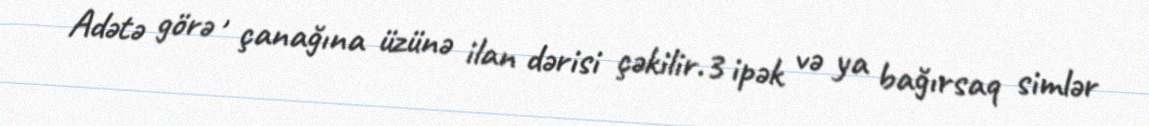
Adətə görə , çanağına üzünə ilan dərisi çəkilir.3 ipək və ya bağırsaq simlər